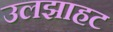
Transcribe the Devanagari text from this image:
उलझाहट